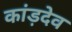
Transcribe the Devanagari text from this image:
कांड़देव